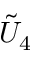
\tilde { U } _ { 4 }